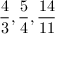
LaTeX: { \frac { 4 } { 3 } } , { \frac { 5 } { 4 } } , { \frac { 1 4 } { 1 1 } }